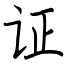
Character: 证